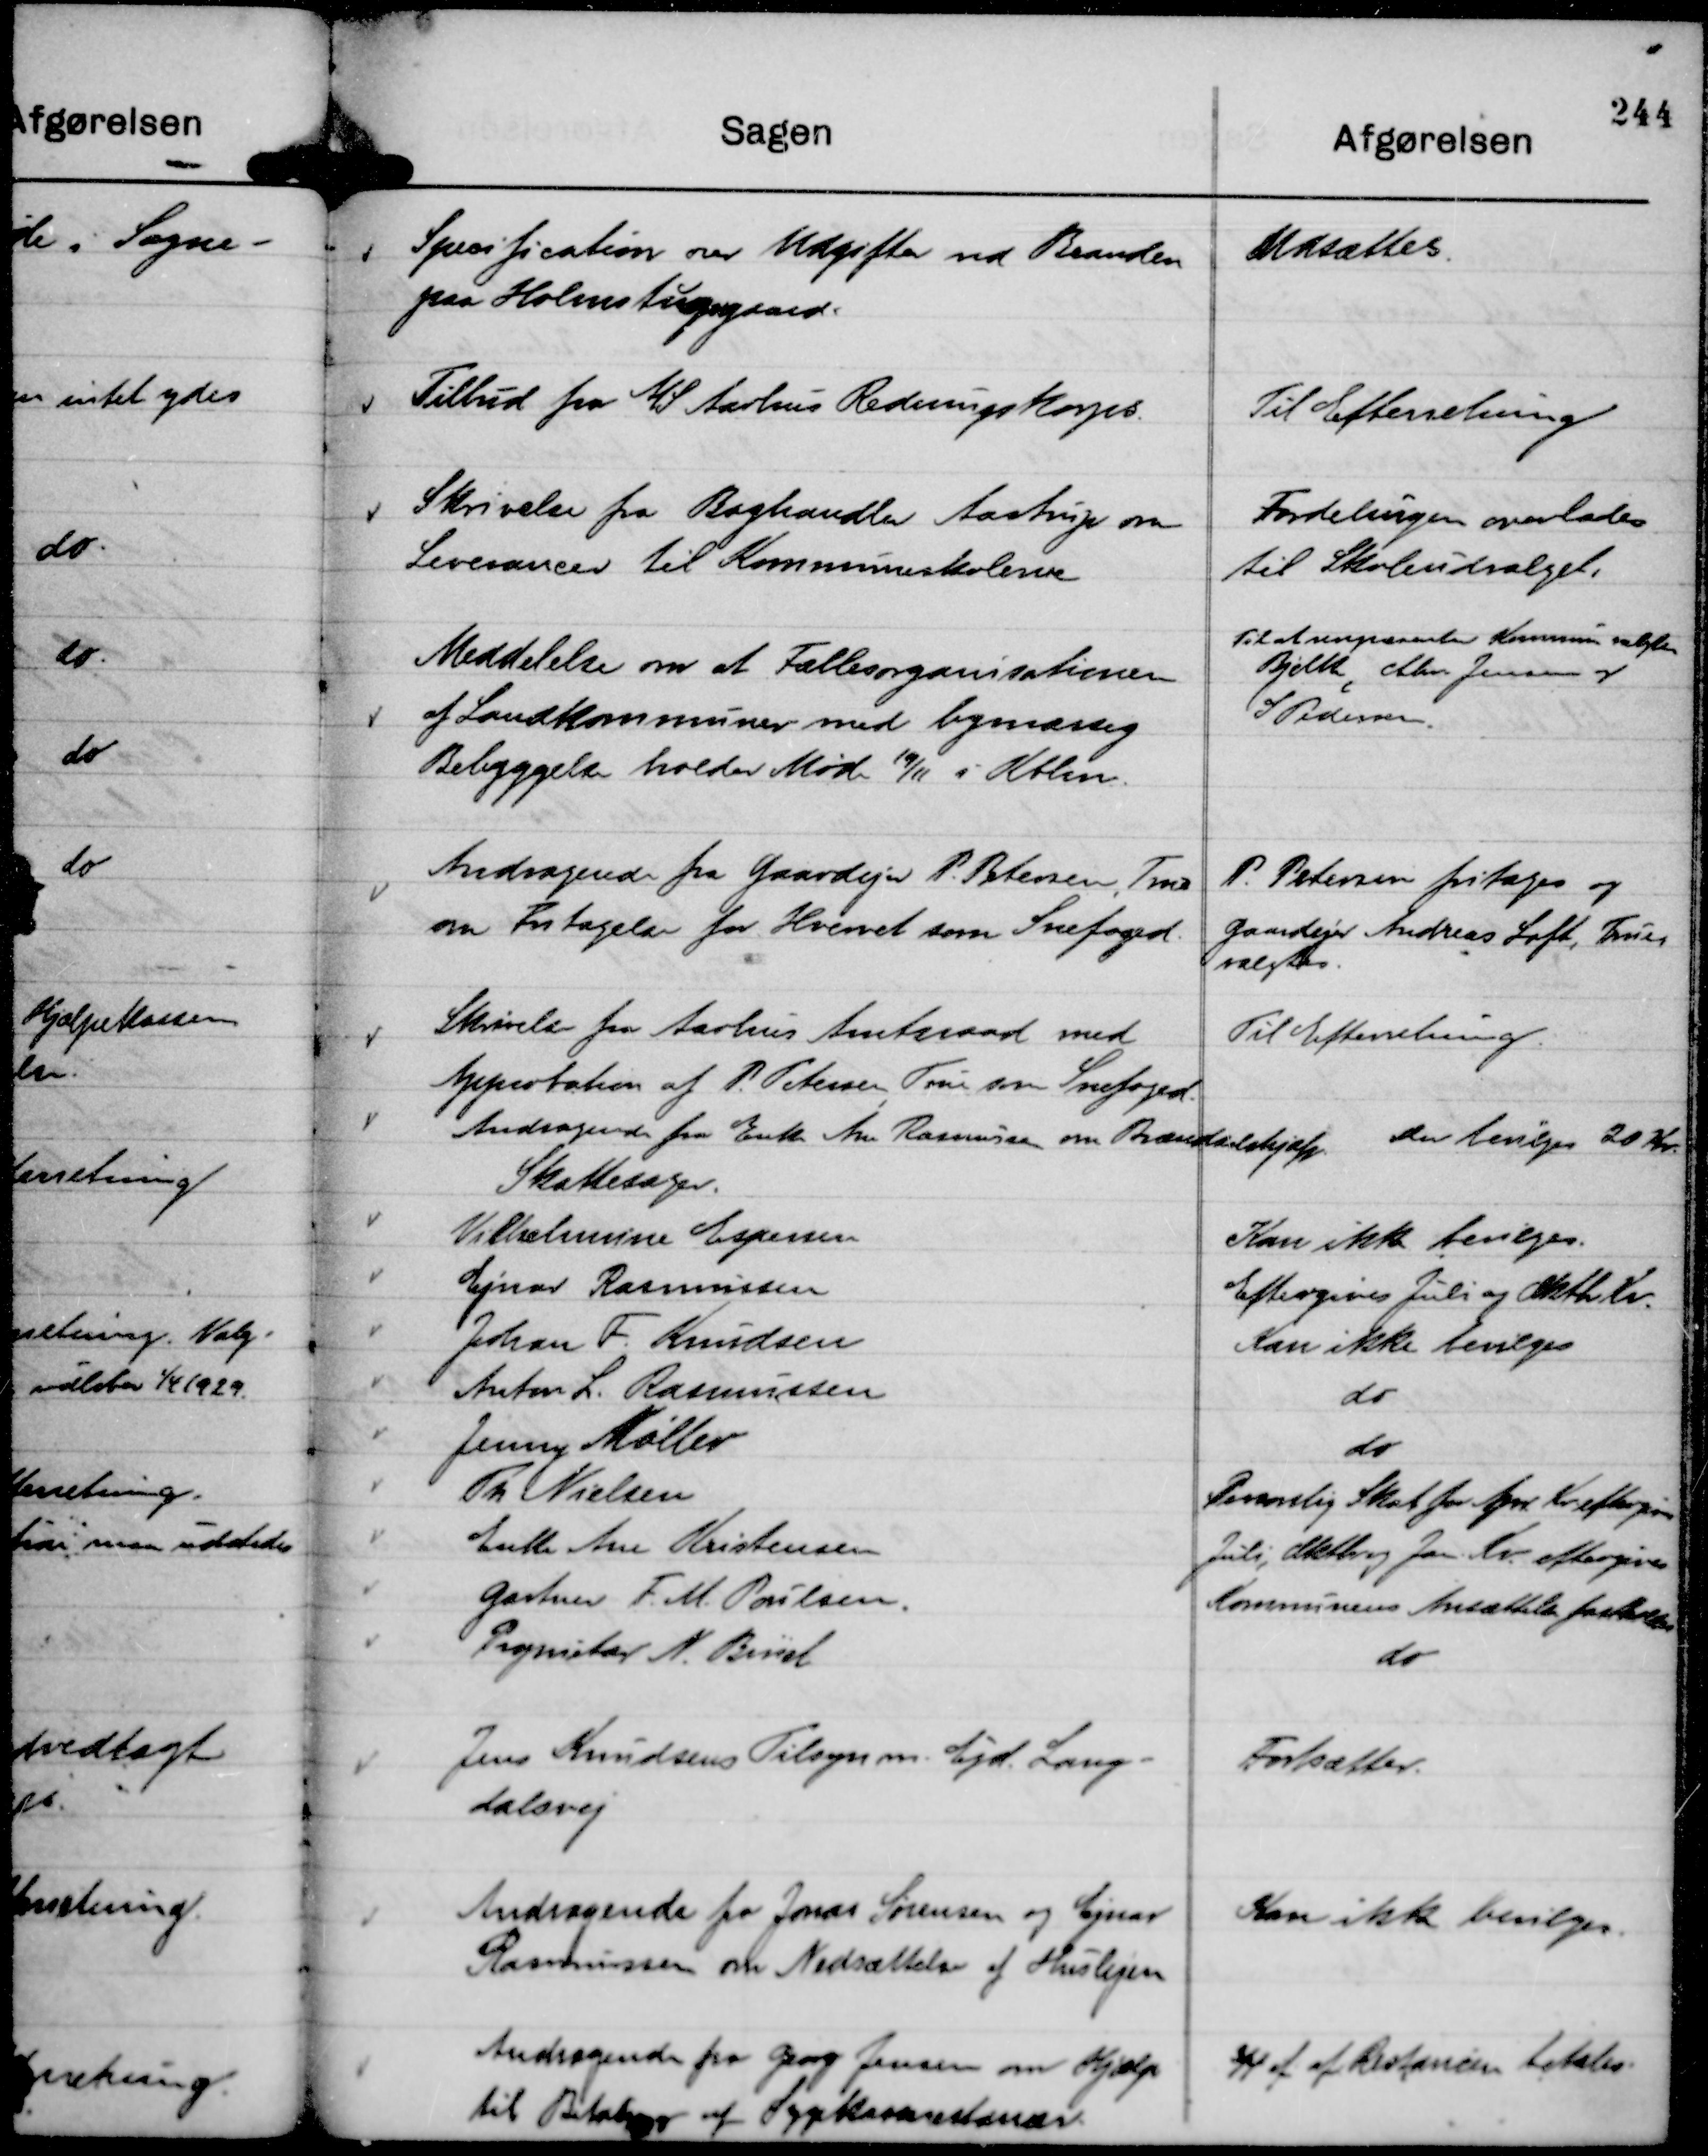
Transskription:
Specification over Udgifter ved Branden
paa Holmstrupgaard.

Udsættes.

Tilbud fra A/S. Aarhus Redningskorps.

Til Efterretning

Skrivelse fra Boghandler Aastrup om
Leverancer til Kommuneskolerne

Fordelingen overlades
til Skoleudvalget.

Meddelelse om at Fællesorganisationen
af Landkommuner med bymæssig
Bebyggelse holder Møde 19/11 i Kbhn.

Til at repræsentere Kommune valgtes
Bjelke, Chr. Jensen  og
S Pedersen.

Andragende fra Gaardejer P. Petersen, True
om Fritagelse for Hvervet som Snefoged.

P. Petersen fritages og
Gaardejer Andreas Loft, True
valgtes.

Skrivelse fra Aarhus Amtsraad med
Approbation af P. Petersen, True som Snefoged

Til Efterretning.

Andragende fra Enke Ane Rasmussen om Brændselshjælp.

Der bevilges 20 Kr.

Jens Knudsens Tilsyn m. Ejd. Lang-
dalsvej

Fortsætter.

Andragende fra Jonas Sørensen og Ejnar
Rasmussen om Nedsættelse af Huslejen

Kan ikke bevilges.

Andragende fra Georg Jensen om Hjælp
til Betaling af Sygekasserestancer.

¾ af af Restancen betales.